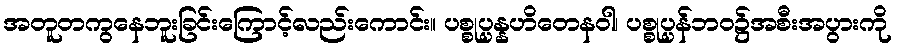
အတူတကွနေဘူးခြင်းကြောင့်လည်းကောင်း။ ပစ္စုပ္ပန္နဟိတေနဝါ၊ ပစ္စုပ္ပန်ဘဝ၌အစီးအပွားကို